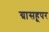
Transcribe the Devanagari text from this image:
ग्रासहूपर